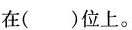
在( )位上。